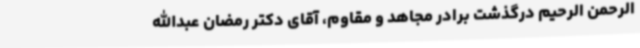
الرحمن الرحیم درگذشت برادر مجاهد و مقاوم، آقای دکتر رمضان عبدالله